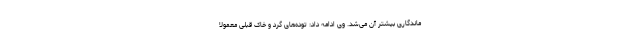
ماندگاری بیشتر آن می‌شد. وی ادامه داد: توده‌های گرد و خاک قبلی معمولا